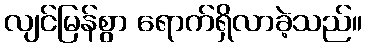
လျင်မြန်စွာ ရောက်ရှိလာခဲ့သည်။